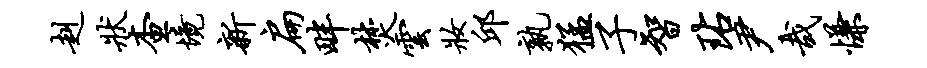
赳状查境新扁畔焚云妆邱孰猛子智玷尹哉慊